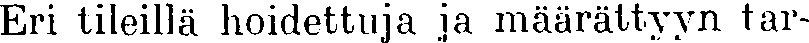
Eri tileillä hoidettuja ja määrättyyn tar-